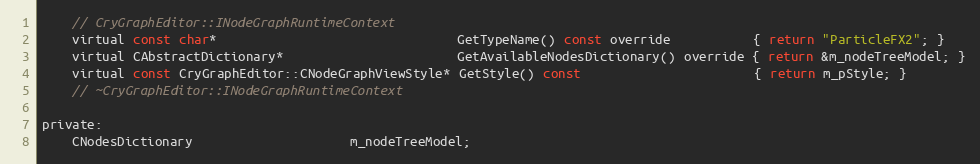
Language: C
	// CryGraphEditor::INodeGraphRuntimeContext
	virtual const char*                                GetTypeName() const override           { return "ParticleFX2"; }
	virtual CAbstractDictionary*                       GetAvailableNodesDictionary() override { return &m_nodeTreeModel; }
	virtual const CryGraphEditor::CNodeGraphViewStyle* GetStyle() const                       { return m_pStyle; }
	// ~CryGraphEditor::INodeGraphRuntimeContext

private:
	CNodesDictionary                     m_nodeTreeModel;